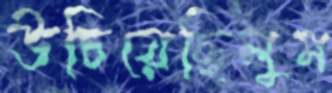
উচিয়েছিলুম